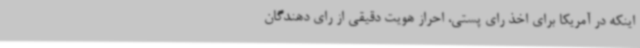
اینکه در آمریکا برای اخذ رای پستی، احراز هویت دقیقی از رای دهندگان